Civil Veterinary Dept. North-West Frontier Province 1933-46 - 1933-1946
Year: 1933
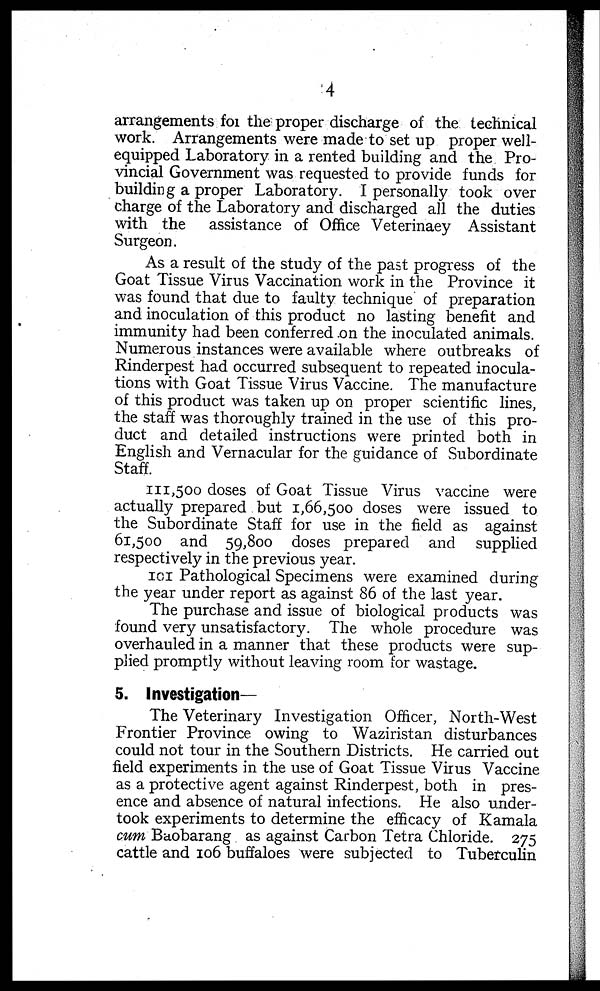
4
arrangements for the proper discharge of the technical
work. Arrangements were made to set up proper well-
equipped Laboratory in a rented building and the Pro-
vincial Government was requested to provide funds for
building a proper Laboratory. I personally took over
charge of the Laboratory and discharged all the duties
with the
assistance of Office Veterinaey Assistant
Surgeon.
As a result of the study of the past progress of the
Goat Tissue Virus Vaccination work in the Province it
was found that due to faulty technique of preparation
and inoculation of this product no lasting benefit and
immunity had been conferred on the inoculated animals.
Numerous instances were available where outbreaks of
Rinderpest had occurred subsequent to repeated inocula-
tions with Goat Tissue Virus Vaccine. The manufacture
of this product was taken up on proper scientific lines,
the staff was thoroughly trained in the use of this pro-
duct and detailed instructions were printed both in
English and Vernacular for the guidance of Subordinate
Staff.
111,500 doses of Goat Tissue Virus vaccine were
actually prepared but 1,66,500 doses were issued to
the Subordinate Staff for use in the field as against
61,500 and 59,800 doses prepared and supplied
respectively in the previous year.
101 Pathological Specimens were examined during
the year under report as against 86 of the last year.
The purchase and issue of biological products was
found very unsatisfactory. The whole procedure was
overhauled in a manner that these products were sup-
plied promptly without leaving room for wastage.
5. Investigation-
The Veterinary Investigation Officer, North-West
Frontier Province owing to Waziristan disturbances
could not tour in the Southern Districts. He carried out
field experiments in the use of Goat Tissue Virus Vaccine
as a protective agent against Rinderpest, both in pres-
ence and absence of natural infections. He also under-
took experiments to determine the efficacy of Kamala
cum Baobarang as against Carbon Tetra Chloride. 275
cattle and 106 buffaloes were subjected to Tuberculin